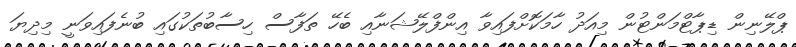
ޕްލޭނިން ޑިޕާޓްމަންޓުން މިއަދު ހާމަކޮށްފައިވާ އިންފްލޭޝަނާއި ބެހޭ ތަފާސް ހިސާބުތަކުގައި ބުނެފައިވަނީ މިދިޔަ